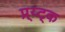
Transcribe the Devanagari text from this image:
प्र्य्ट्क